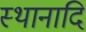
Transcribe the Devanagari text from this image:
स्थानादि